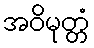
အဝိမုတ္တံ